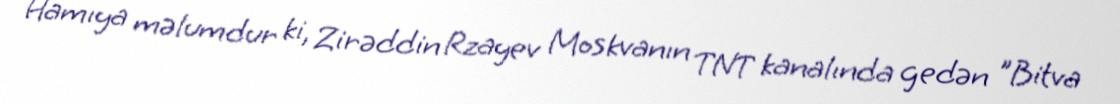
Hamıya məlumdur ki, Zirəddin Rzayev Moskvanın TNT kanalında gedən ”Bitva